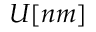
U [ n m ]